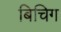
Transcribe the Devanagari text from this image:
बिचिग